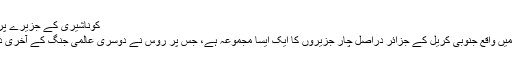
کوناشیری کے جزیرے پر ایک جاپانی قبرستان کی باقیات
بحر الکاہل کے سمندری علاقے میں واقع جنوبی کریل کے جزائر دراصل چار جزیروں کا ایک ایسا مجموعہ ہے، جس پر روس نے دوسری عالمی جنگ کے آخری دنوں کے دوران قبضہ کر لیا تھا۔